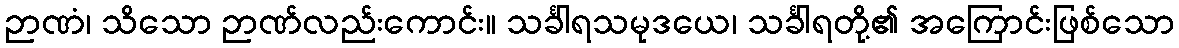
ဉာဏံ၊ သိသော ဉာဏ်လည်းကောင်း။ သင်္ခါရသမုဒယေ၊ သင်္ခါရတို့၏ အကြောင်းဖြစ်သော